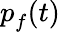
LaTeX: \textit{p}_{f}(\textit{t})